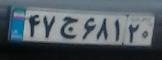
۴۷ج۶۸۱۲۰